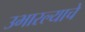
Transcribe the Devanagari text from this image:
उभारल्याचे